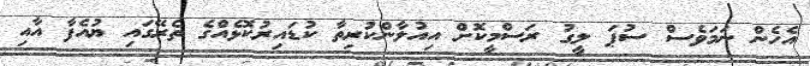
އެހެން ނަމަވެސް ސުޕަ ލީގު ރަސްމީކޮށް އިއުލާންކުރިތާ ކުޑައިރުކޮޅެއްގެ ތެރޭގައި ޔުއެފާ އާއި